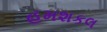
હમશકલ